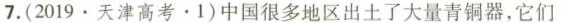
7.(2019·天津高考。1)中国很多地区出土了大量青铜器，它们